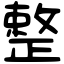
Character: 整